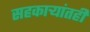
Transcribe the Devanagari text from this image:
सहकाऱ्यांतही